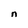
Character: n